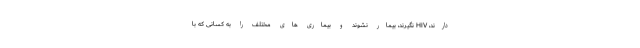
دارند، HIV نگیرند، بیمار نشوند و بیماری های مختلف را به کسانی که با